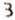
3